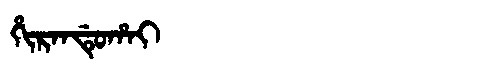
Manchu: ᡥᡳᡵᠠᠨᡩᡠᡥᠠᡳ
Romanization: HIRANDUHAI